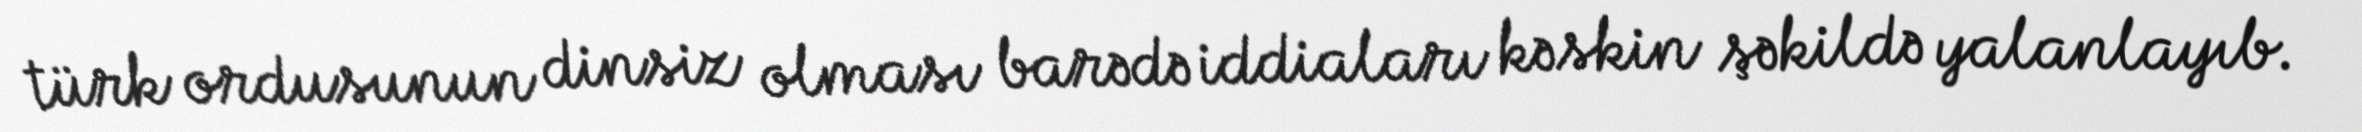
türk ordusunun dinsiz olması barədə iddiaları kəskin şəkildə yalanlayıb.